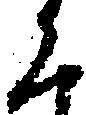
く